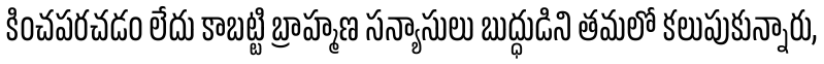
కించపరచడం లేదు కాబట్టి బ్రాహ్మణ సన్యాసులు బుద్ధుడిని తమలో కలుపుకున్నారు,